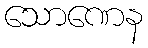
သောဏေန